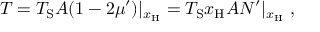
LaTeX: T = T _ { \mathrm { S } } A ( 1 - 2 \mu ^ { \prime } ) | _ { x _ { \mathrm { H } } } = T _ { \mathrm { S } } x _ { \mathrm { H } } A N ^ { \prime } | _ { x _ { \mathrm { H } } } \ ,